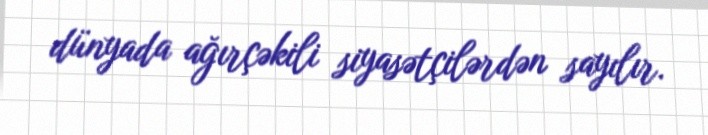
dünyada ağırçəkili siyasətçilərdən sayılır.